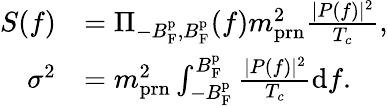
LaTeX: \begin{array}{rl}{S(f)}&{=\Pi_{-B_{\mathrm{F}}^{\mathrm{p}},B_{\mathrm{F}}^{\mathrm{p}}}(f)m_{\mathrm{prn}}^{2}\frac{|P(f)|^{2}}{T_{c}},}\\ {\sigma^{2}}&{=m_{\mathrm{prn}}^{2}\int_{-B_{\mathrm{F}}^{\mathrm{p}}}^{B_{\mathrm{F}}^{\mathrm{p}}}\frac{|P(f)|^{2}}{T_{c}}\mathrm{d}f.}\end{array}